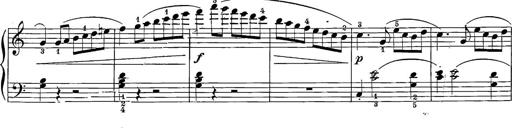
Title: 12 Sonatine per Pianoforte
Composer: Friedrich Kuhlau